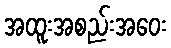
အထူးအစည်းအဝေး